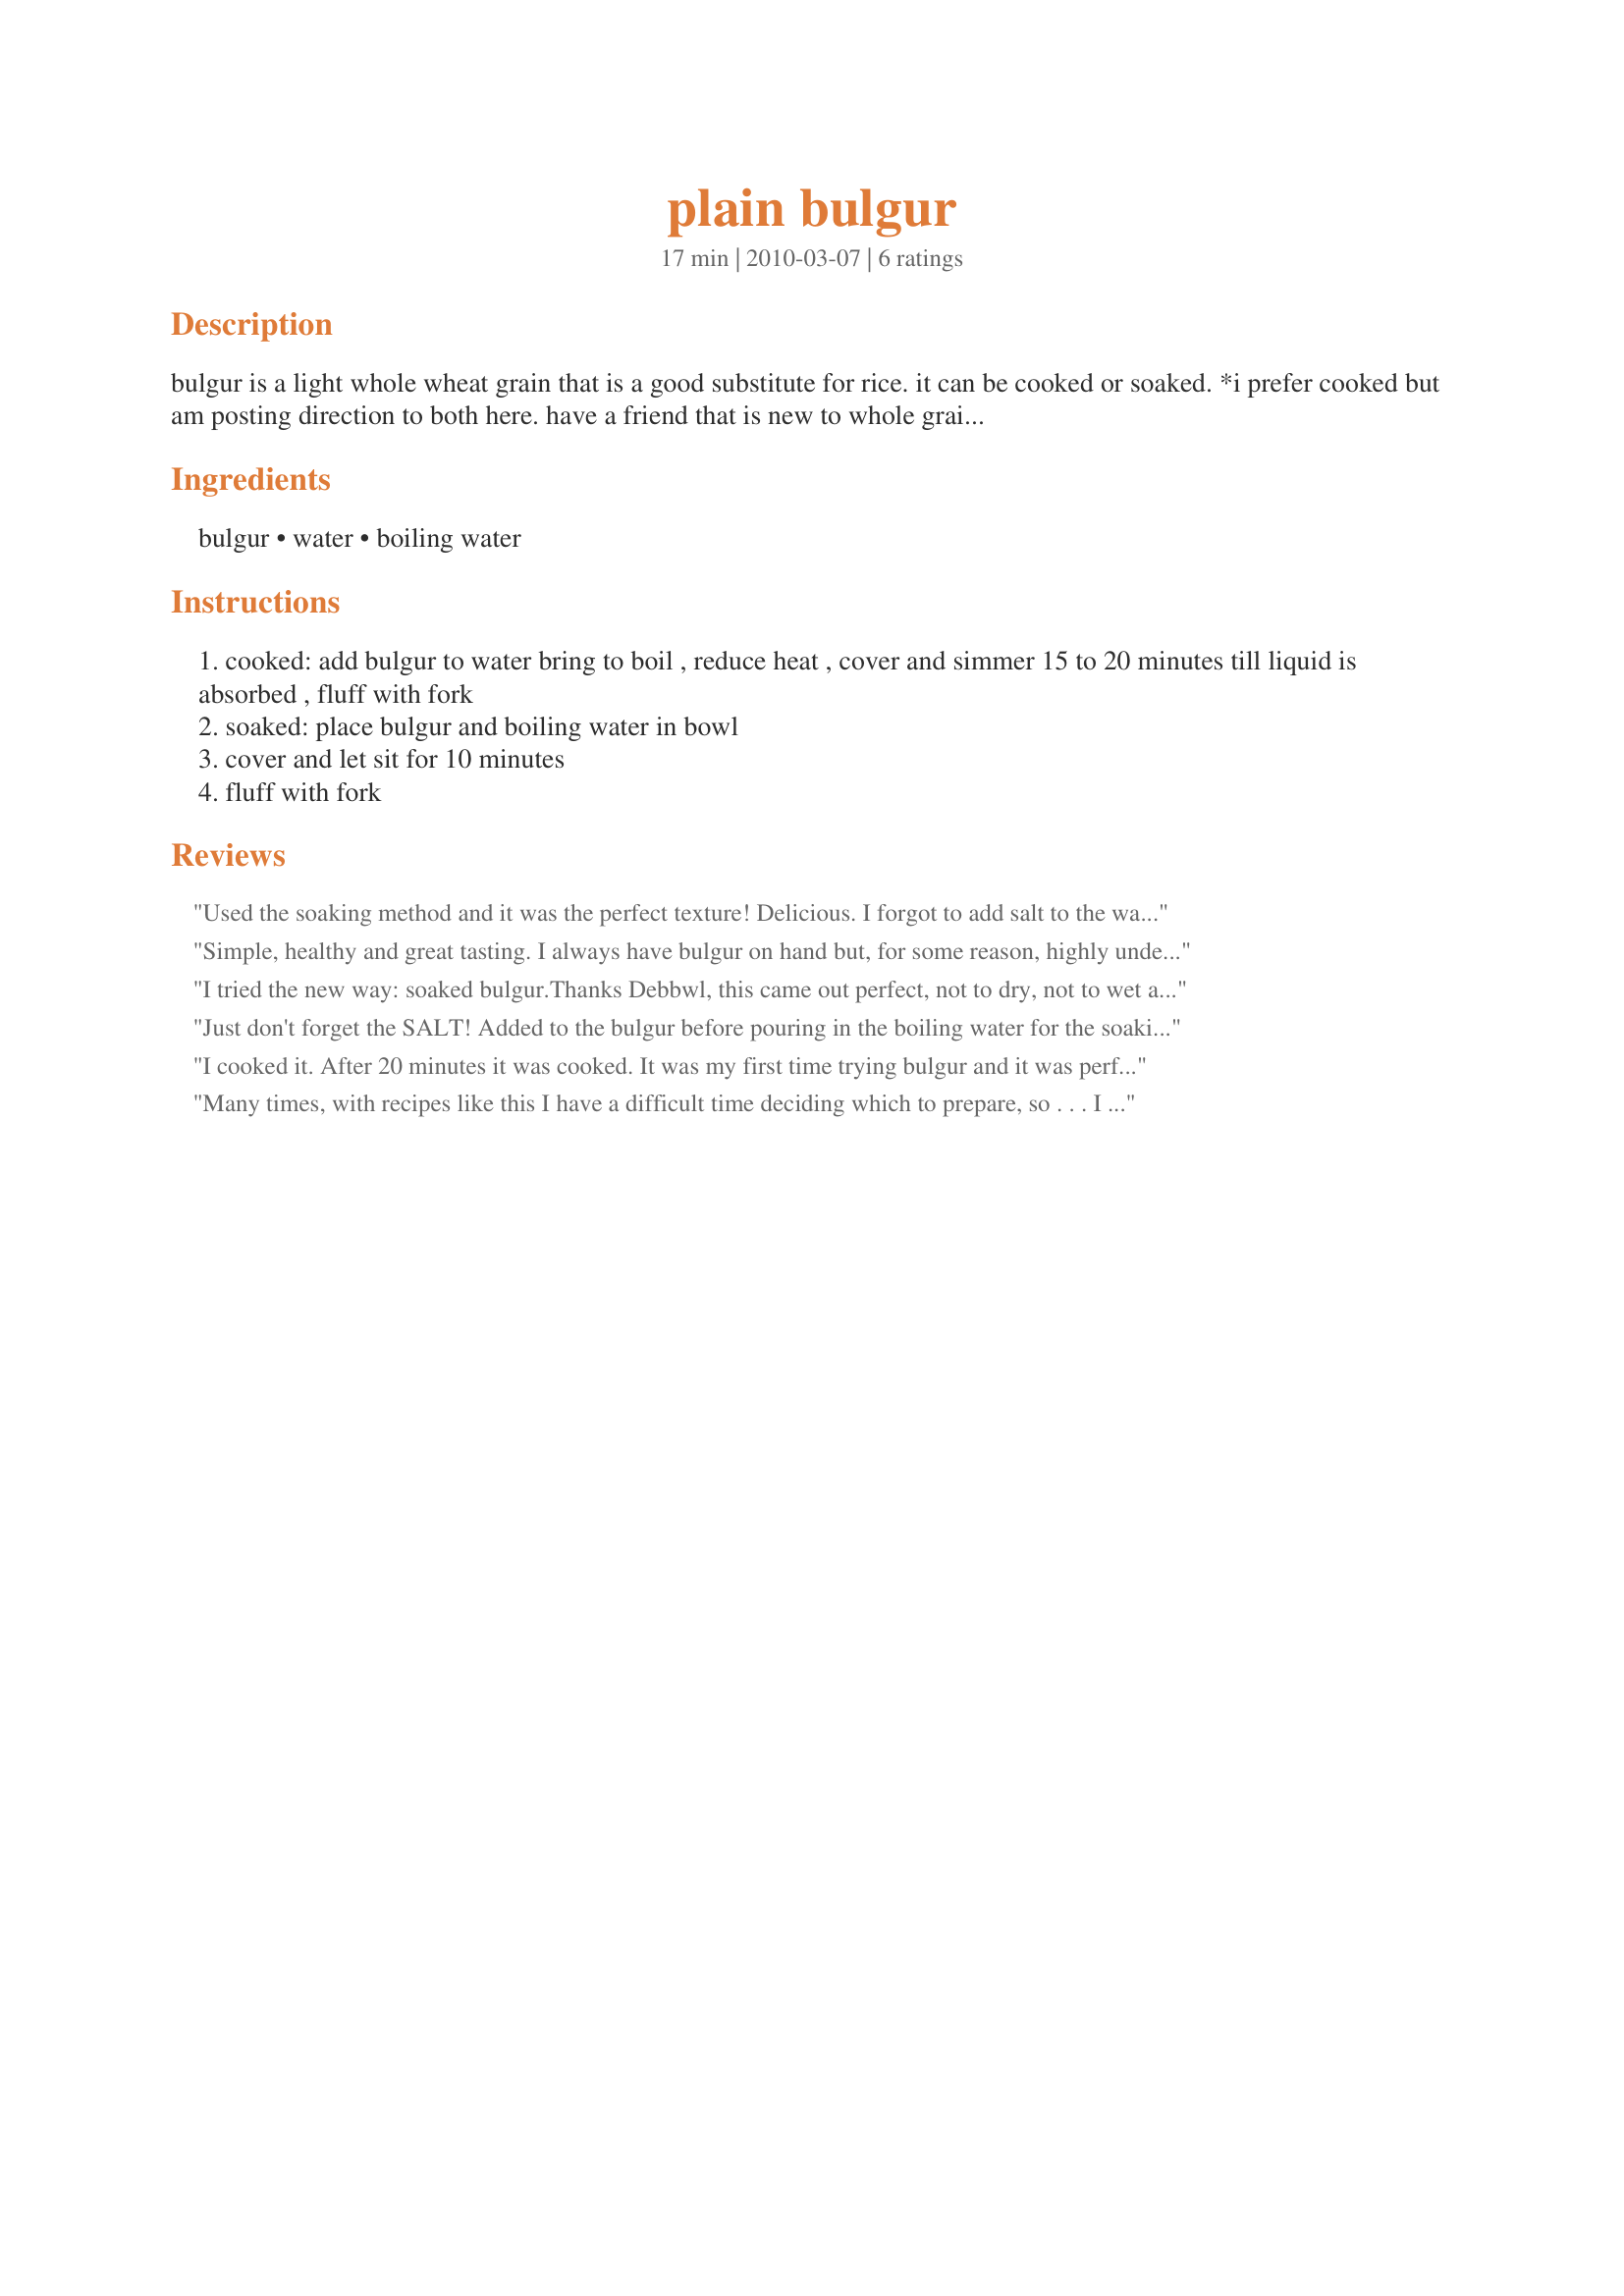
plain bulgur
Preparation time: 17 minutes

bulgur is a light whole wheat grain that is a good substitute for rice. it can be cooked or soaked. *i prefer cooked but am posting direction to both here.
have a friend that is new to whole grain cooking and has asked if i would post some basic cooking directions.

Ingredients:
bulgur, water, boiling water

Steps:
cooked: add bulgur to water bring to boil , reduce heat , cover and simmer 15 to 20 minutes till liquid is absorbed , fluff with fork
soaked: place bulgur and boiling water in bowl
cover and let sit for 10 minutes
fluff with fork

Reviews:
Used the soaking method and it was the perfect texture! Delicious. I forgot to add salt to the water though. Will def do next time.
Simple, healthy and great tasting. I always have bulgur on hand but, for some reason, highly underuse it. I don&#039;t know why because I really like it and it&#039;s always a welcome break from rice and potatoes. I paired this with a North African seasoned beef stew for DH and I enjoyed just the bulgur cooked as directed with just a 1/2 tsp of butter on it. It was easy on a tummy that was feeling a bit off last night. Thanks Deb :D
I tried the new way: soaked bulgur.<br/>Thanks Debbwl, this came out perfect, not to dry, not to wet and fluffy! I think that for this way a not oversized bowl is convenient. <br/>My daughter found out that I prepared the bulgur with a new method and she found it wonderful!<br/>In this way everybody can prepare a warm lunch in the office. You only need hot water to the dry ingredient/s! Perhaps you can add some salt, pepper, dry-roasted onions and a teaspoon tomato paste to the bulgur in advance. After soaking it with hot water you have a ready meal! Why not?<br/><br/>I prepared the bulgur plain with a fava bean stew (fried onions, cooked fava beans, celery stalk, white wine, salt, pepper and a tomato paste).
Just don't forget the SALT! Added to the bulgur before pouring in the boiling water for the soaking method; or to the water if you are going to &quot;cook&quot; it. I much prefer the soaking method, and the 1 cup wheat to 1.5 cup water gets it done, BUT, I would suggest a modification to a &quot;scant&quot; 1 1/2 cup water. AND, add 3/4 to 1 teaspoon salt! Good Lord, you will be stunned at the flavor difference if you have not been otherwise salting your cooking/soaking bulgur wheat. Happy munching!
I cooked it. After 20 minutes it was cooked. It was my first time trying bulgur and it was perfect. Thanks Debb :) Made for Newest Zaar tag
Many times, with recipes like this I have a difficult time deciding which to prepare, so . . . I did 'em both ~ Cooked half a batch & soaked half a batch! We, too, much preferred the cooked bulgur, but still, the soaked version was very acceptable, & both do make for a nice change from the often-served rice! Thanks for sharing it! [Recipenapped & made in the Vegetarian/Vegan Recipe Swap 22]
